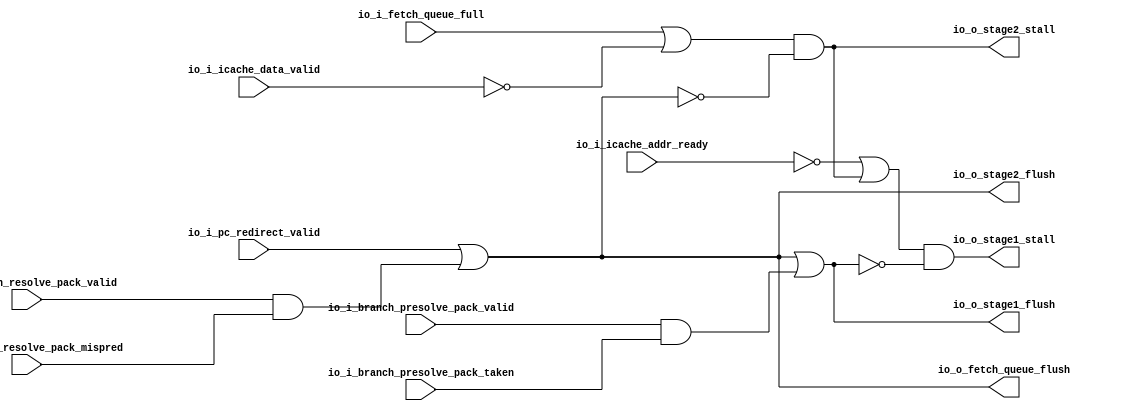
module front_end_control(
  input   io_i_pc_redirect_valid,
  input   io_i_icache_data_valid,
  input   io_i_icache_addr_ready,
  input   io_i_branch_resolve_pack_valid,
  input   io_i_branch_resolve_pack_mispred,
  input   io_i_branch_presolve_pack_valid,
  input   io_i_branch_presolve_pack_taken,
  input   io_i_fetch_queue_full,
  output  io_o_stage1_stall,
  output  io_o_stage2_stall,
  output  io_o_stage1_flush,
  output  io_o_stage2_flush,
  output  io_o_fetch_queue_flush
);
  assign io_o_stage1_stall = (~io_i_icache_addr_ready | io_o_stage2_stall) & ~io_o_stage1_flush; // @[front_end_control.scala 36:72]
  assign io_o_stage2_stall = (io_i_fetch_queue_full | ~io_i_icache_data_valid) & ~io_o_stage2_flush; // @[front_end_control.scala 35:78]
  assign io_o_stage1_flush = io_o_stage2_flush | io_i_branch_presolve_pack_valid & io_i_branch_presolve_pack_taken; // @[front_end_control.scala 33:43]
  assign io_o_stage2_flush = io_o_fetch_queue_flush; // @[front_end_control.scala 32:22]
  assign io_o_fetch_queue_flush = io_i_pc_redirect_valid | io_i_branch_resolve_pack_valid &
    io_i_branch_resolve_pack_mispred; // @[front_end_control.scala 31:53]
endmodule